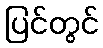
ပြင်တွင်